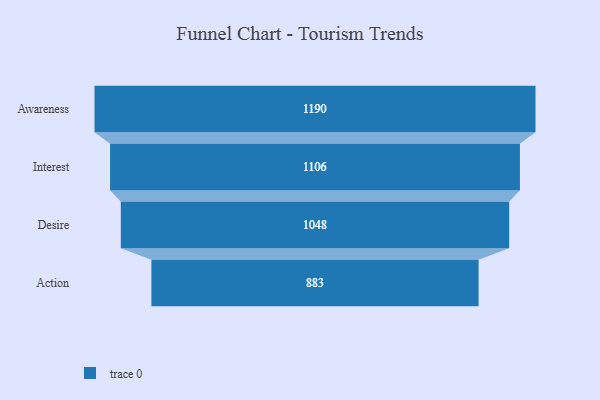
{"axis": {"x": "Stage", "y": "Value"}, "legend": [""], "data": [{"x": "Awareness", "y": 1190.0, "type": ""}, {"x": "Interest", "y": 1106.0, "type": ""}, {"x": "Desire", "y": 1048.0, "type": ""}, {"x": "Action", "y": 883.0, "type": ""}]}